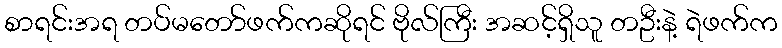
စာရင်းအရ တပ်မတော်ဖက်ကဆိုရင် ဗိုလ်ကြီး အဆင့်ရှိသူ တဦးနဲ့ ရဲဖက်က